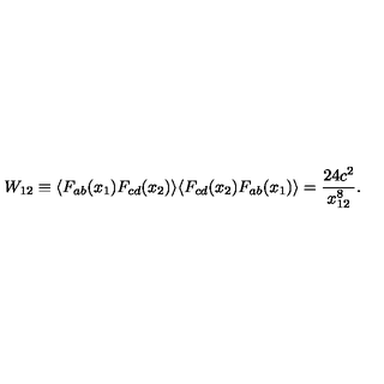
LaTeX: W _ { 1 2 } \equiv \langle F _ { a b } ( x _ { 1 } ) F _ { c d } ( x _ { 2 } ) \rangle \langle F _ { c d } ( x _ { 2 } ) F _ { a b } ( x _ { 1 } ) \rangle = \frac { 2 4 c ^ { 2 } } { x _ { 1 2 } ^ { 8 } } .